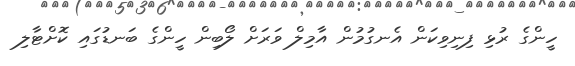
ހީންގެ ރުޅި ފިނިވިކަން އެނގުމުން އާމިލް ވަރަށް ލޯބިން ހީންގެ ބަނޑުގައި ކޮށްޓާލި